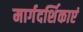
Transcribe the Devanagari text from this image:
मार्गदर्शिकाएं